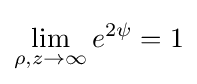
\lim _{\rho ,z\to \infty }e^{2\psi }=1